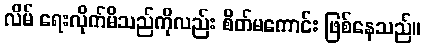
လိမ် ရေးလိုက်မိသည်ကိုလည်း စိတ်မကောင်း ဖြစ်နေသည်။